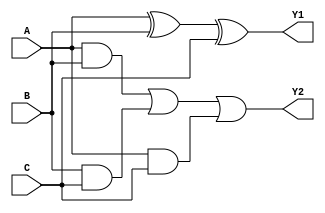
module full_addar1(Y1,Y2,A,B,C);
output Y1;
output Y2;
input A,B,C;

assign Y1 = A^B^C;
assign Y2 = (A&B)|(B&C)|(A&C);

endmodule